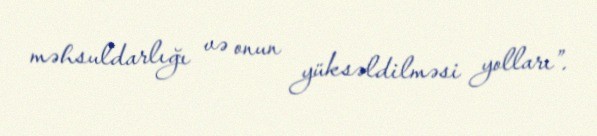
məhsuldarlığı və onun yüksəldilməsi yolları”.